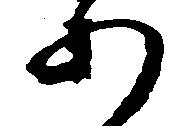
あ